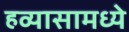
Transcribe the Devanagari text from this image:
हव्यासामध्ये